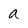
Character: a